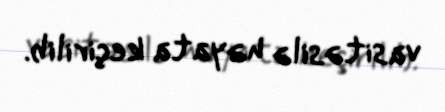
vasitəsilə həyata keçirilib.